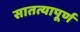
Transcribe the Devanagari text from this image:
सातत्यापूर्ण